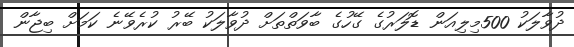
ދުވާލަކު 500މިލިއަން ޑޮލަރުގެ ގޭހުގެ ބާވަތްތަށް ދުވާލަކު ބޭރު ކުރެވޭނެ ކަމަށް ބިޖާން